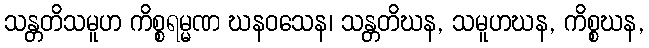
သန္တတိသမူဟ ကိစ္စရမ္မဏ ဃနဝသေန၊ သန္တတိဃန, သမူဟဃန, ကိစ္စဃန,